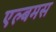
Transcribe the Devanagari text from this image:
एल्बमस